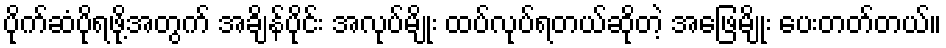
ပိုက်ဆံပိုရဖို့အတွက် အချိန်ပိုင်း အလုပ်မျိုး ထပ်လုပ်ရတယ်ဆိုတဲ့ အဖြေမျိုး ပေးတတ်တယ်။